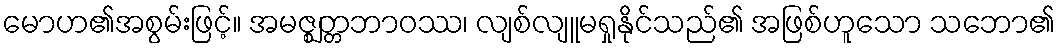
မောဟ၏အစွမ်းဖြင့်။ အမဇ္ဈတ္တဘာဝဿ၊ လျစ်လျူမရှုနိုင်သည်၏ အဖြစ်ဟူသော သဘော၏